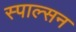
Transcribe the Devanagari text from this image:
स्पाल्सन